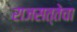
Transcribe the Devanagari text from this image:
राजसत्तेचा